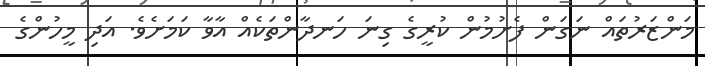
މަންޒަރުތައް ނަގަން ފެށުމުން ކުރީގެ ގިނަ ހަނދާންތަކެއް އާވާ ކަމަށެވެ. އަދި މީހުންގެ